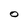
Character: O